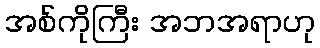
အစ်ကိုကြီး အဘအရာဟု